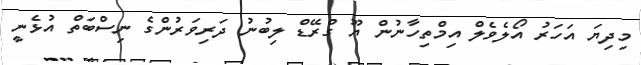
މިދިޔަ އަހަރު އޯލެވެލް އިމްތިހާނުން ޔޫ ގްރޭޑް ލިބުނު ދަރިވަރުންގެ ނިސްބަތް އުޅެނީ